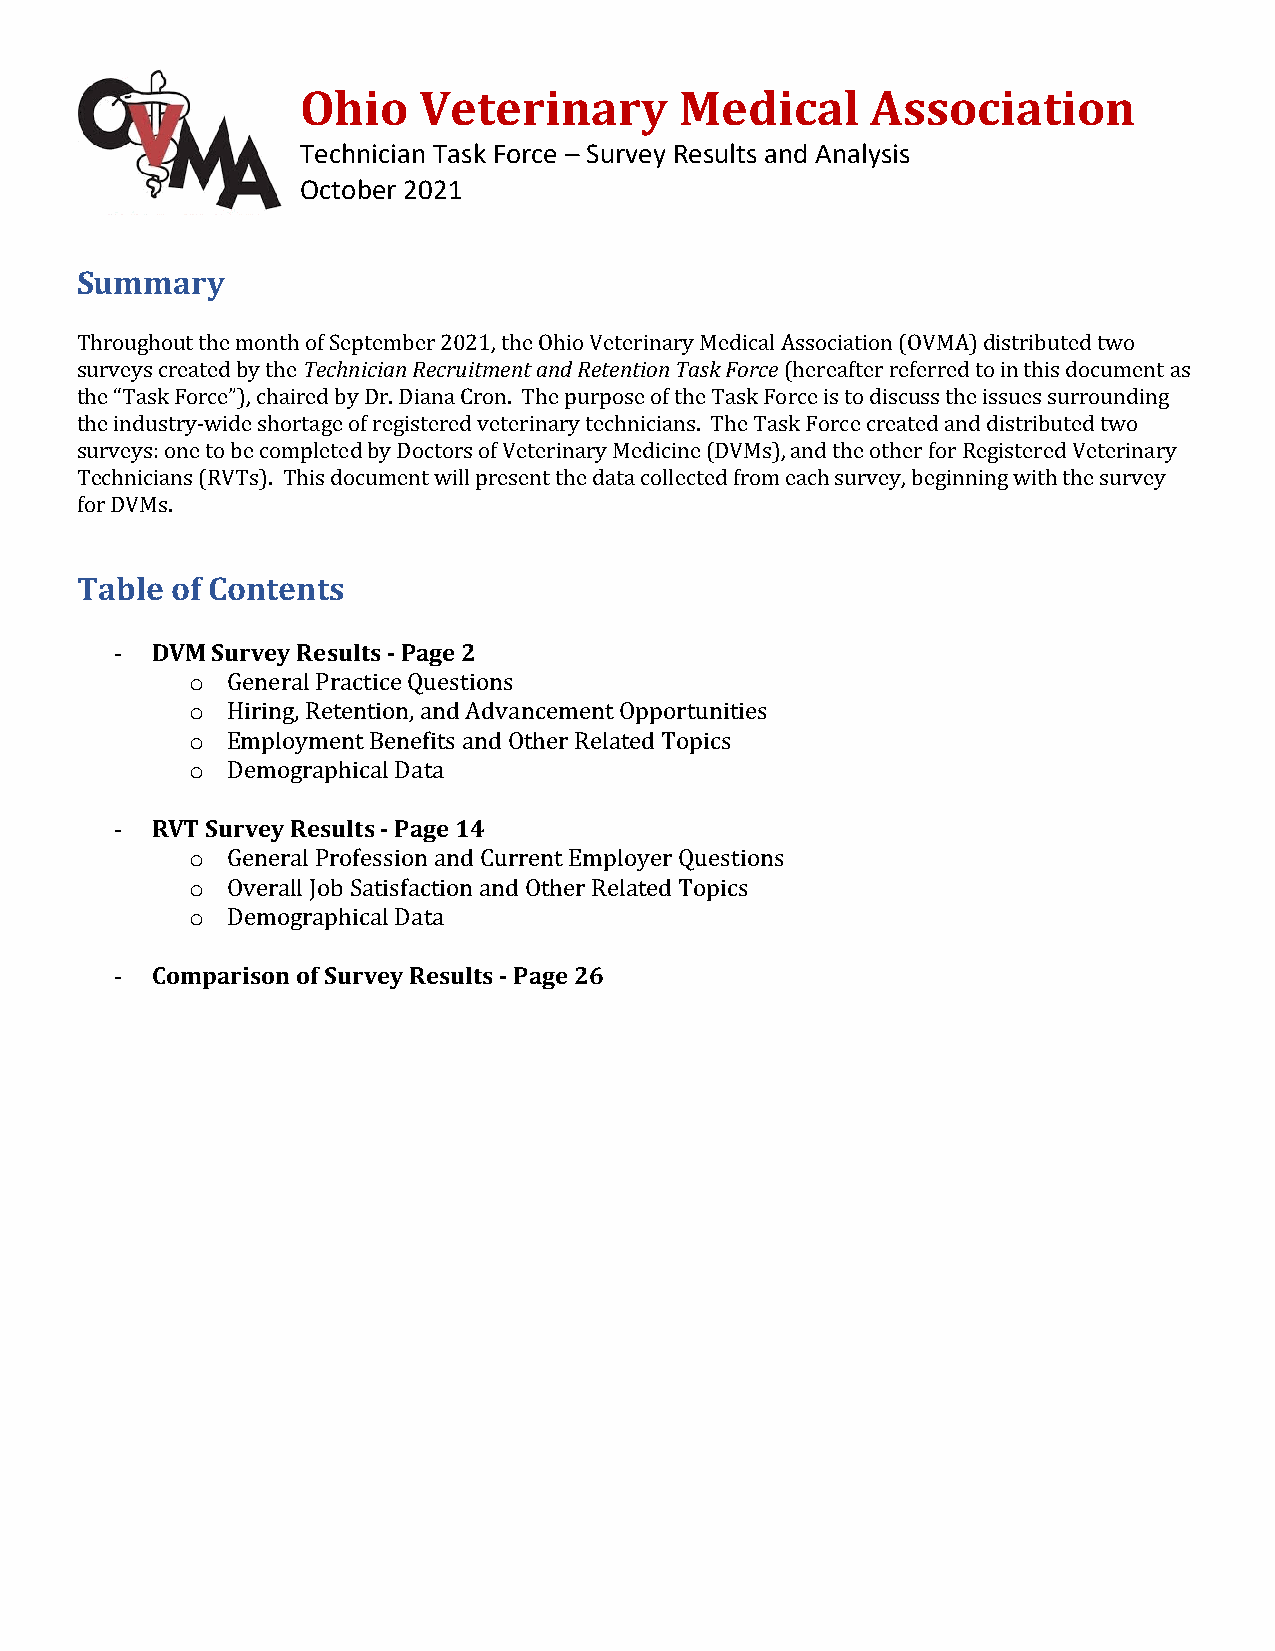
Ohio    Veterinary       Medical      Association
 Technician Task Force – Survey Results and Analysis
 October 2021
 Summary
 Throughout the month of September 2021, the Ohio Veterinary Medical Association (OVMA) distributed two
 surveys created by the Technician Recruitment and Retention Task Force (hereafter referred to in this document as
 the “Task Force”), chaired by Dr. Diana Cron. The purpose of the Task Force is to discuss the issues surrounding
 the industry-wide shortage of registered veterinary technicians. The Task Force created and distributed two
 surveys: one to be completed by Doctors of Veterinary Medicine (DVMs), and the other for Registered Veterinary
 Technicians (RVTs). This document will present the data collected from each survey, beginning with the survey
 for DVMs.
 Table of Contents
 - DVM Survey Results - Page 2
 o General Practice Questions
 o Hiring, Retention, and Advancement Opportunities
 o Employment Benefits and Other Related Topics
 o Demographical Data
 - RVT Survey Results - Page 14
 o General Profession and Current Employer Questions
 o Overall Job Satisfaction and Other Related Topics
 o Demographical Data
 - Comparison of Survey Results - Page 26